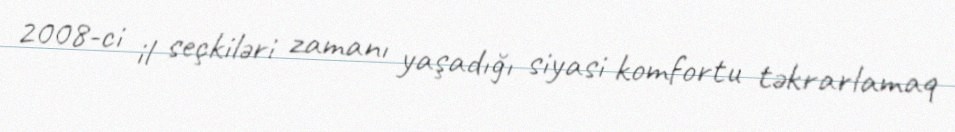
2008-ci il seçkiləri zamanı yaşadığı siyasi komfortu təkrarlamaq